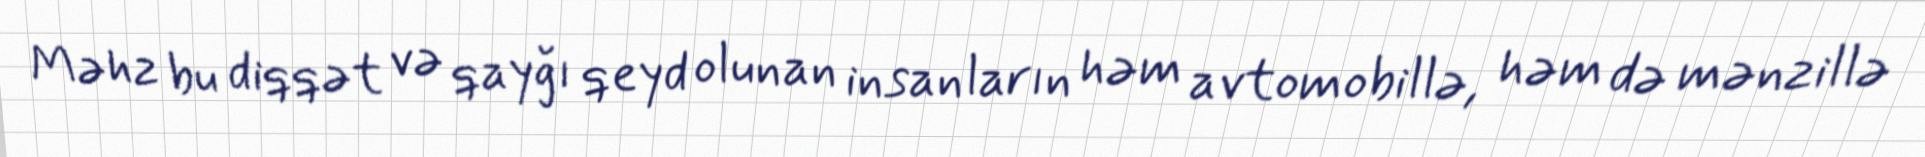
Məhz bu diqqət və qayğı qeyd olunan insanların həm avtomobillə, həm də mənzillə